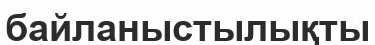
байланыстылықты